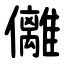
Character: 㒧